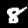
Digit: 8